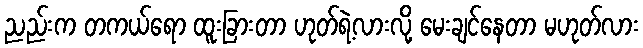
ညည်းက တကယ်ရော ထူးခြားတာ ဟုတ်ရဲ့လားလို့ မေးချင်နေတာ မဟုတ်လား